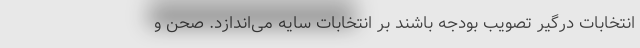
انتخابات درگیر تصویب بودجه باشند بر انتخابات سایه می‌اندازد. صحن و